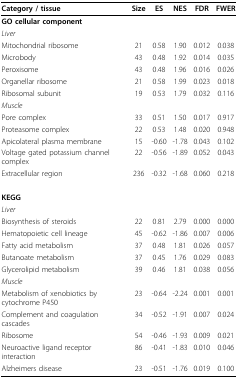
<table><thead><tr><td><b>Category / tissue</b></td><td><b>Size</b></td><td><b>ES</b></td><td><b>NES</b></td><td><b>FDR</b></td><td><b>FWER</b></td></tr></thead><tbody><tr><td><b>GO cellular component</b></td><td></td><td></td><td></td><td></td><td></td></tr><tr><td><i>Liver</i></td><td></td><td></td><td></td><td></td><td></td></tr><tr><td>Mitochondrial ribosome</td><td>21</td><td>0.58</td><td>1.90</td><td>0.012</td><td>0.038</td></tr><tr><td>Microbody</td><td>43</td><td>0.48</td><td>1.92</td><td>0.014</td><td>0.035</td></tr><tr><td>Peroxisome</td><td>43</td><td>0.48</td><td>1.96</td><td>0.016</td><td>0.026</td></tr><tr><td>Organellar ribosome</td><td>21</td><td>0.58</td><td>1.99</td><td>0.023</td><td>0.018</td></tr><tr><td>Ribosomal subunit</td><td>19</td><td>0.53</td><td>1.79</td><td>0.032</td><td>0.116</td></tr><tr><td><i>Muscle</i></td><td></td><td></td><td></td><td></td><td></td></tr><tr><td>Pore complex</td><td>33</td><td>0.51</td><td>1.50</td><td>0.017</td><td>0.917</td></tr><tr><td>Proteasome complex</td><td>22</td><td>0.53</td><td>1.48</td><td>0.020</td><td>0.948</td></tr><tr><td>Apicolateral plasma membrane</td><td>15</td><td>-0.60</td><td>-1.78</td><td>0.043</td><td>0.102</td></tr><tr><td>Voltage gated potassium channel complex</td><td>22</td><td>-0.56</td><td>-1.89</td><td>0.052</td><td>0.043</td></tr><tr><td>Extracellular region</td><td>236</td><td>-0.32</td><td>-1.68</td><td>0.060</td><td>0.218</td></tr><tr><td><b>KEGG</b></td><td></td><td></td><td></td><td></td><td></td></tr><tr><td><i>Liver</i></td><td></td><td></td><td></td><td></td><td></td></tr><tr><td>Biosynthesis of steroids</td><td>22</td><td>0.81</td><td>2.79</td><td>0.000</td><td>0.000</td></tr><tr><td>Hematopoietic cell lineage</td><td>45</td><td>-0.62</td><td>-1.86</td><td>0.007</td><td>0.006</td></tr><tr><td>Fatty acid metabolism</td><td>37</td><td>0.48</td><td>1.81</td><td>0.026</td><td>0.057</td></tr><tr><td>Butanoate metabolism</td><td>37</td><td>0.45</td><td>1.76</td><td>0.029</td><td>0.083</td></tr><tr><td>Glycerolipid metabolism</td><td>39</td><td>0.46</td><td>1.81</td><td>0.038</td><td>0.056</td></tr><tr><td><i>Muscle</i></td><td></td><td></td><td></td><td></td><td></td></tr><tr><td>Metabolism of xenobiotics by cytochrome P450</td><td>23</td><td>-0.64</td><td>-2.24</td><td>0.001</td><td>0.001</td></tr><tr><td>Complement and coagulation cascades</td><td>34</td><td>-0.52</td><td>-1.91</td><td>0.007</td><td>0.024</td></tr><tr><td>Ribosome</td><td>54</td><td>-0.46</td><td>-1.93</td><td>0.009</td><td>0.021</td></tr><tr><td>Neuroactive ligand receptor interaction</td><td>86</td><td>-0.41</td><td>-1.83</td><td>0.010</td><td>0.046</td></tr><tr><td>Alzheimers disease</td><td>23</td><td>-0.51</td><td>-1.76</td><td>0.019</td><td>0.100</td></tr></tbody></table>